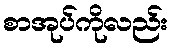
စာအုပ်ကိုလည်း